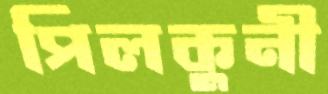
পিলকুনী